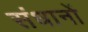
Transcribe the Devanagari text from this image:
संधानों